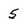
Character: 5